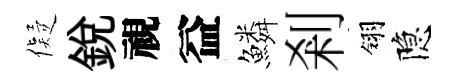
儗銳視益鱗剎翎隐